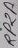
Text: RP2A